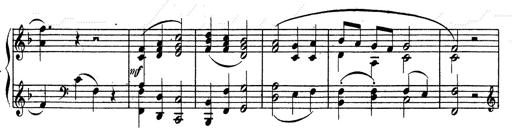
Title: Ave Maria d' Arcadelt
Composer: Franz Liszt